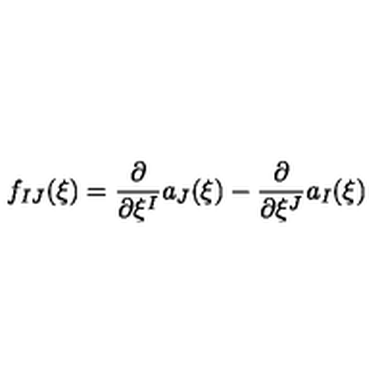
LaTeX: f _ { I J } ( \xi ) = \frac { \partial } { \partial \xi ^ { I } } a _ { J } ( \xi ) - \frac { \partial } { \partial \xi ^ { J } } a _ { I } ( \xi )